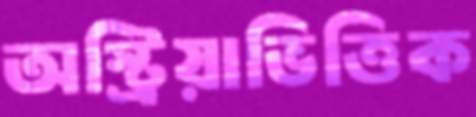
অস্ট্রিয়াভিত্তিক